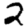
Digit: 2